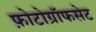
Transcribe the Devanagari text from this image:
फ़ोटोग्रॉफसेट